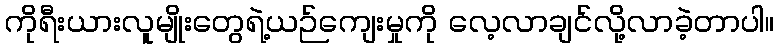
ကိုရီးယားလူမျိုးတွေရဲ့ယဉ်ကျေးမှုကို လေ့လာချင်လို့လာခဲ့တာပါ။